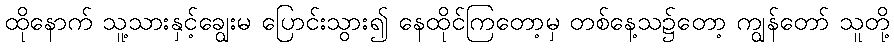
ထိုနောက် သူ့သားနှင့်ချွေးမ ပြောင်းသွား၍ နေထိုင်ကြတော့မှ တစ်နေ့သ၌တော့ ကျွန်တော် သူတို့